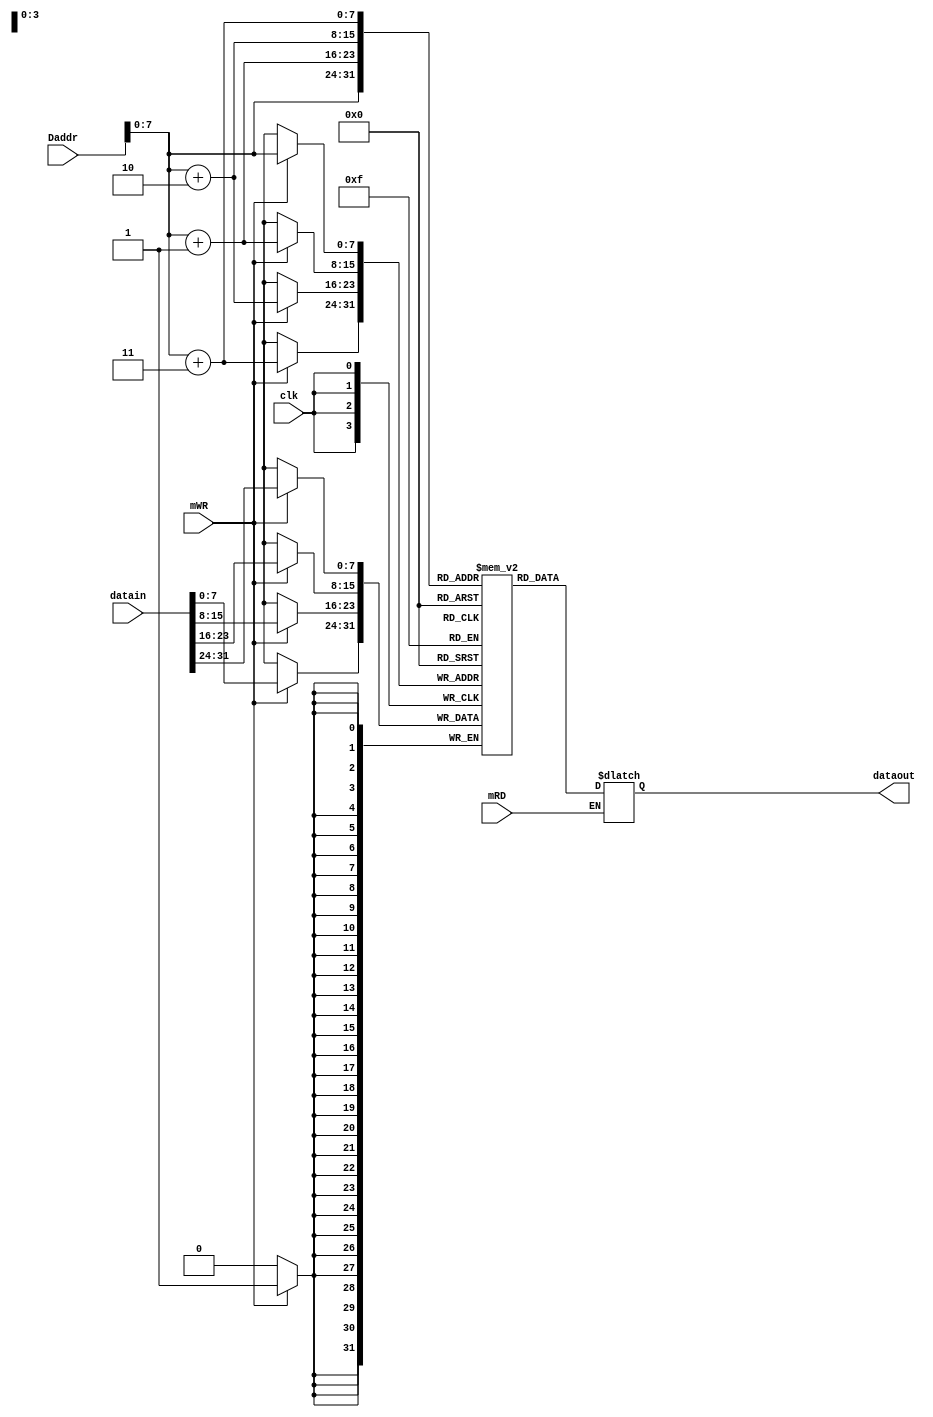
`timescale 1ns / 1ps
//////////////////////////////////////////////////////////////////////////////////
// Company: 
// Engineer: 
// 
// Design Name: 
// Module Name: datamem
// Project Name: 
// Target Devices: 
// Tool Versions: 
// Description: 
// 
// Dependencies: 
// 
// Revision:
// Revision 0.01 - File Created
// Additional Comments:
// 
//////////////////////////////////////////////////////////////////////////////////

`timescale 1ns/1ps

module datamem(
input clk,
input [31:0]Daddr,
input [31:0]datain,
input mRD,mWR,
output reg [31:0]dataout
    );
    reg [7:0]mem[255:0];
    integer i;
    initial begin
    for(i=0;i<256;i=i+1)
    mem[i]<=0;
    end
    always@(Daddr or mRD)
    begin
    if(mRD==1)
    begin
    dataout[31:24]=mem[Daddr];
    dataout[23:16]=mem[Daddr+1];
    dataout[15:8]=mem[Daddr+2];
    dataout[7:0]=mem[Daddr+3];
    end
    end
    always@(negedge clk)
    begin
    if(mWR==1)
    begin
    mem[Daddr]<=datain[31:24];
    mem[Daddr+1]<=datain[23:16];
    mem[Daddr+2]<=datain[15:8];
    mem[Daddr+3]<=datain[7:0];
    end
    end
endmodule